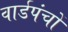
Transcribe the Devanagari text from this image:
वार्डपंचों